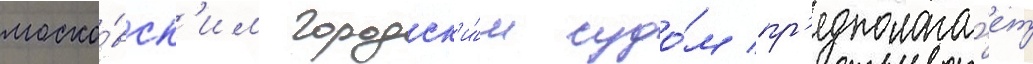
моско́вск'им городск'и́м судо́м пр'едполага́ет